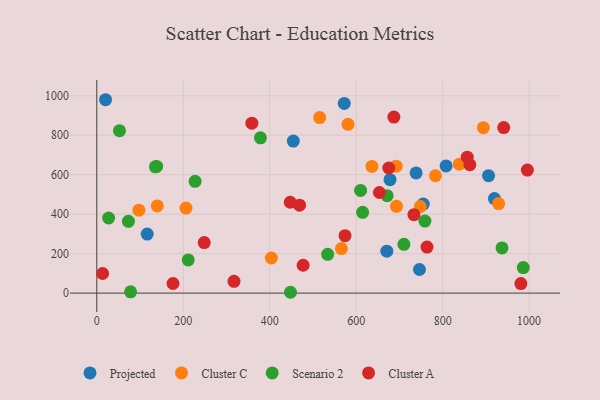
{"axis": {"x": "Study Hours", "y": "Profit"}, "legend": ["Cluster A", "Cluster C", "Projected", "Scenario 2"], "data": [{"x": "746.4", "y": 119.7, "type": "Projected"}, {"x": "572.4", "y": 961.3, "type": "Projected"}, {"x": "738.6", "y": 609.1, "type": "Projected"}, {"x": "808.0", "y": 644.5, "type": "Projected"}, {"x": "116.6", "y": 299.1, "type": "Projected"}, {"x": "919.8", "y": 478.9, "type": "Projected"}, {"x": "678.3", "y": 575.0, "type": "Projected"}, {"x": "20.3", "y": 980.0, "type": "Projected"}, {"x": "670.9", "y": 212.5, "type": "Projected"}, {"x": "755.1", "y": 451.0, "type": "Projected"}, {"x": "906.2", "y": 595.0, "type": "Projected"}, {"x": "454.6", "y": 770.3, "type": "Projected"}, {"x": "565.8", "y": 225.9, "type": "Cluster C"}, {"x": "693.2", "y": 440.0, "type": "Cluster C"}, {"x": "581.1", "y": 855.1, "type": "Cluster C"}, {"x": "838.6", "y": 653.2, "type": "Cluster C"}, {"x": "636.5", "y": 641.9, "type": "Cluster C"}, {"x": "692.5", "y": 643.1, "type": "Cluster C"}, {"x": "206.3", "y": 430.9, "type": "Cluster C"}, {"x": "748.2", "y": 438.7, "type": "Cluster C"}, {"x": "894.2", "y": 838.2, "type": "Cluster C"}, {"x": "403.8", "y": 177.8, "type": "Cluster C"}, {"x": "97.5", "y": 420.3, "type": "Cluster C"}, {"x": "139.9", "y": 442.0, "type": "Cluster C"}, {"x": "929.4", "y": 453.5, "type": "Cluster C"}, {"x": "515.7", "y": 889.4, "type": "Cluster C"}, {"x": "783.4", "y": 594.6, "type": "Cluster C"}, {"x": "52.5", "y": 823.2, "type": "Scenario 2"}, {"x": "710.4", "y": 247.1, "type": "Scenario 2"}, {"x": "138.5", "y": 641.9, "type": "Scenario 2"}, {"x": "937.3", "y": 228.9, "type": "Scenario 2"}, {"x": "759.0", "y": 365.0, "type": "Scenario 2"}, {"x": "448.1", "y": 4.2, "type": "Scenario 2"}, {"x": "986.5", "y": 129.5, "type": "Scenario 2"}, {"x": "378.6", "y": 787.1, "type": "Scenario 2"}, {"x": "78.2", "y": 6.6, "type": "Scenario 2"}, {"x": "135.6", "y": 639.7, "type": "Scenario 2"}, {"x": "211.5", "y": 168.2, "type": "Scenario 2"}, {"x": "27.4", "y": 380.5, "type": "Scenario 2"}, {"x": "610.2", "y": 520.3, "type": "Scenario 2"}, {"x": "73.2", "y": 363.7, "type": "Scenario 2"}, {"x": "227.4", "y": 566.6, "type": "Scenario 2"}, {"x": "534.0", "y": 196.3, "type": "Scenario 2"}, {"x": "614.9", "y": 409.4, "type": "Scenario 2"}, {"x": "671.5", "y": 493.6, "type": "Scenario 2"}, {"x": "763.9", "y": 233.2, "type": "Cluster A"}, {"x": "358.7", "y": 861.1, "type": "Cluster A"}, {"x": "653.7", "y": 509.9, "type": "Cluster A"}, {"x": "687.2", "y": 892.1, "type": "Cluster A"}, {"x": "574.2", "y": 290.9, "type": "Cluster A"}, {"x": "996.0", "y": 623.3, "type": "Cluster A"}, {"x": "13.5", "y": 99.4, "type": "Cluster A"}, {"x": "248.5", "y": 256.1, "type": "Cluster A"}, {"x": "941.3", "y": 838.7, "type": "Cluster A"}, {"x": "863.0", "y": 650.5, "type": "Cluster A"}, {"x": "981.0", "y": 48.1, "type": "Cluster A"}, {"x": "675.4", "y": 634.0, "type": "Cluster A"}, {"x": "468.9", "y": 445.6, "type": "Cluster A"}, {"x": "176.3", "y": 48.7, "type": "Cluster A"}, {"x": "856.9", "y": 688.8, "type": "Cluster A"}, {"x": "477.3", "y": 141.2, "type": "Cluster A"}, {"x": "733.6", "y": 397.5, "type": "Cluster A"}, {"x": "447.4", "y": 460.5, "type": "Cluster A"}, {"x": "317.4", "y": 59.5, "type": "Cluster A"}]}